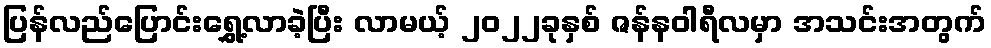
ပြန်လည်ပြောင်းရွှေ့လာခဲ့ပြီး လာမယ့် ၂၀၂၂ခုနှစ် ဇန်နဝါရီလမှာ အသင်းအတွက်